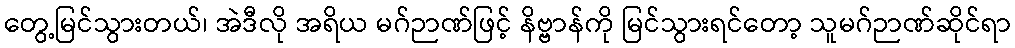
တွေ့မြင်သွားတယ်၊ အဲဒီလို အရိယ မဂ်ဉာဏ်ဖြင့် နိဗ္ဗာန်ကို မြင်သွားရင်တော့ သူမဂ်ဉာဏ်ဆိုင်ရာ